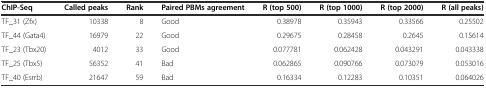
| ChIP-Seq | Called peaks | Rank | Paired PBMs agreement | R (top 500) | R (top 1000) | R (top 2000) | R (all peaks) |
 | --- | --- | --- | --- | --- | --- | --- | --- |
 | TF_31 (Zfx) | 10338 | 8 | Good | 0.38978 | 0.35943 | 0.33566 | 0.25502 |
 | TF_44 (Gata4) | 16979 | 22 | Good | 0.29675 | 0.28458 | 0.2645 | 0.15614 |
 | TF_23 (Tbx20) | 4012 | 33 | Good | 0.077781 | 0.062428 | 0.043291 | 0.043338 |
 | TF_25 (Tbx5) | 56352 | 41 | Bad | 0.062865 | 0.090766 | 0.073079 | 0.053016 |
 | TF_40 (Esrrb) | 21647 | 59 | Bad | 0.16334 | 0.12283 | 0.10351 | 0.064026 |